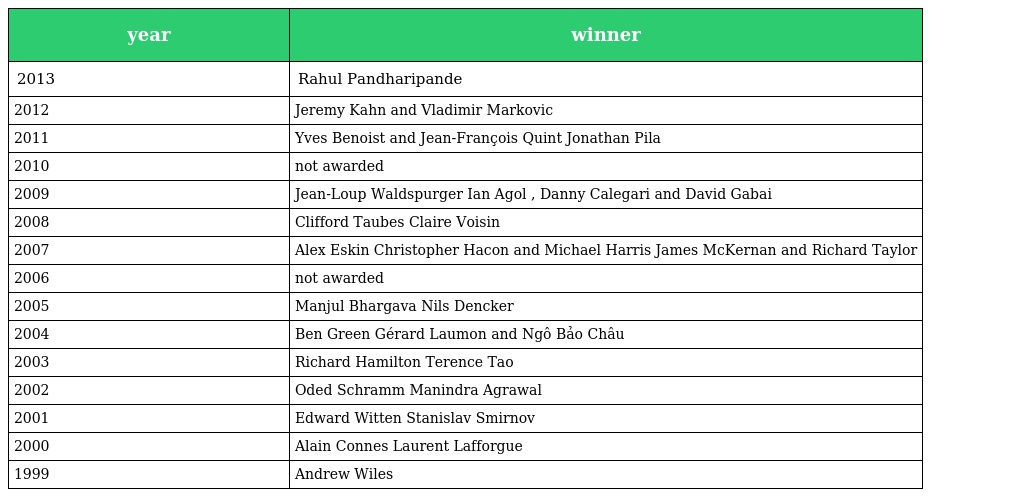
| year | winner |
 | --- | --- |
 | 2013 | Rahul Pandharipande |
 | 2012 | Jeremy Kahn and Vladimir Markovic |
 | 2011 | Yves Benoist and Jean-François Quint Jonathan Pila |
 | 2010 | not awarded |
 | 2009 | Jean-Loup Waldspurger Ian Agol , Danny Calegari and David Gabai |
 | 2008 | Clifford Taubes Claire Voisin |
 | 2007 | Alex Eskin Christopher Hacon and Michael Harris James McKernan and Richard Taylor |
 | 2006 | not awarded |
 | 2005 | Manjul Bhargava Nils Dencker |
 | 2004 | Ben Green Gérard Laumon and Ngô Bảo Châu |
 | 2003 | Richard Hamilton Terence Tao |
 | 2002 | Oded Schramm Manindra Agrawal |
 | 2001 | Edward Witten Stanislav Smirnov |
 | 2000 | Alain Connes Laurent Lafforgue |
 | 1999 | Andrew Wiles |